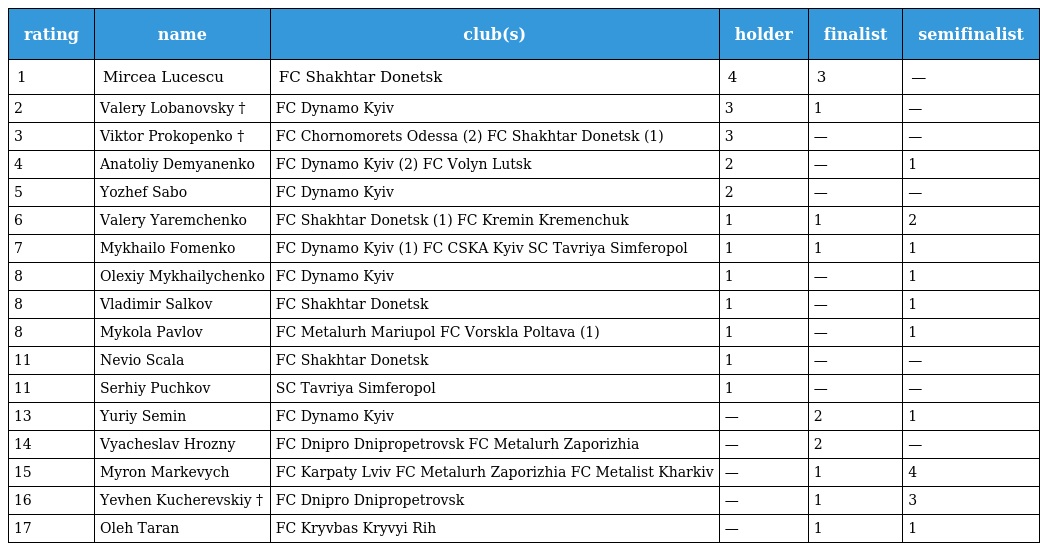
| rating | name | club(s) | holder | finalist | semifinalist |
 | --- | --- | --- | --- | --- | --- |
 | 1 | Mircea Lucescu | FC Shakhtar Donetsk | 4 | 3 | — |
 | 2 | Valery Lobanovsky † | FC Dynamo Kyiv | 3 | 1 | — |
 | 3 | Viktor Prokopenko † | FC Chornomorets Odessa (2) FC Shakhtar Donetsk (1) | 3 | — | — |
 | 4 | Anatoliy Demyanenko | FC Dynamo Kyiv (2) FC Volyn Lutsk | 2 | — | 1 |
 | 5 | Yozhef Sabo | FC Dynamo Kyiv | 2 | — | — |
 | 6 | Valery Yaremchenko | FC Shakhtar Donetsk (1) FC Kremin Kremenchuk | 1 | 1 | 2 |
 | 7 | Mykhailo Fomenko | FC Dynamo Kyiv (1) FC CSKA Kyiv SC Tavriya Simferopol | 1 | 1 | 1 |
 | 8 | Olexiy Mykhailychenko | FC Dynamo Kyiv | 1 | — | 1 |
 | 8 | Vladimir Salkov | FC Shakhtar Donetsk | 1 | — | 1 |
 | 8 | Mykola Pavlov | FC Metalurh Mariupol FC Vorskla Poltava (1) | 1 | — | 1 |
 | 11 | Nevio Scala | FC Shakhtar Donetsk | 1 | — | — |
 | 11 | Serhiy Puchkov | SC Tavriya Simferopol | 1 | — | — |
 | 13 | Yuriy Semin | FC Dynamo Kyiv | — | 2 | 1 |
 | 14 | Vyacheslav Hrozny | FC Dnipro Dnipropetrovsk FC Metalurh Zaporizhia | — | 2 | — |
 | 15 | Myron Markevych | FC Karpaty Lviv FC Metalurh Zaporizhia FC Metalist Kharkiv | — | 1 | 4 |
 | 16 | Yevhen Kucherevskiy † | FC Dnipro Dnipropetrovsk | — | 1 | 3 |
 | 17 | Oleh Taran | FC Kryvbas Kryvyi Rih | — | 1 | 1 |